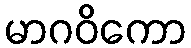
မာဂဝိကော